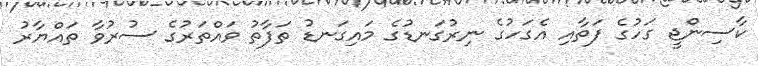
ކާސިންޖީ ގަހުގެ ފަތާއި އެގަހުގެ ނިރުގަނޑުގެ މައިގަނޑު ތަފާތު ވައްތަރުގެ ސުރުވާ ތައްޔާރު